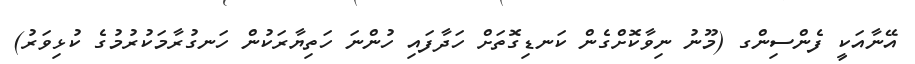
އޭނާއަކީ ފެންސިންގ (މޫނު ނިވާކޮށްގެން ކަނޑިގޮތަށް ހަދާފައި ހުންނަ ހަތިޔާރަކުން ހަނގުރާމަކުރުމުގެ ކުޅިވަރު)